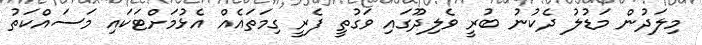
މިލަދުން މަޑުލު ދެކުނު ބުރީ ވެލިދޫގައި ވަގުތީ ފެރީ ގިމަތައެއް އެޅުމަށްޓަކައި މަސައްކަތު